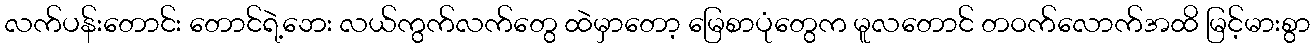
လက်ပန်းတောင်း တောင်ရဲ့ဘေး လယ်ကွက်လက်တွေ ထဲမှာတော့ မြေစာပုံတွေက မူလတောင် တဝက်လောက်အထိ မြင့်မားစွာ